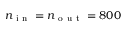
n _ { \mathrm { ~ i ~ n ~ } } = n _ { \mathrm { ~ o ~ u ~ t ~ } } = 8 0 0